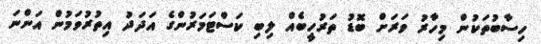
ހިސާބުތަކުން މިހާރު ވަރަށް ބޮޑު ތަރުހީބެއް ލިބި ކަސްޓަމަރުންގެ އަދަދު އިތުރުވަމުން އަންނަ